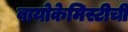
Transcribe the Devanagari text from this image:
बायोकेमिस्टीची